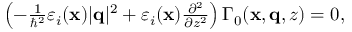
\begin{array} { r } { \left( - \frac { 1 } { \hbar ^ { 2 } } \varepsilon _ { i } ( \mathbf { x } ) | \mathbf { q } | ^ { 2 } + \varepsilon _ { i } ( \mathbf { x } ) \frac { \partial ^ { 2 } } { \partial z ^ { 2 } } \right) \Gamma _ { 0 } ( \mathbf { x } , \mathbf { q } , z ) = 0 , } \end{array}